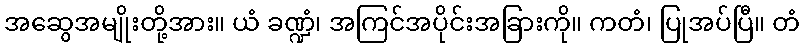
အဆွေအမျိုးတို့အား။ ယံ ခဏ္ဍံ၊ အကြင်အပိုင်းအခြားကို။ ကတံ၊ ပြုအပ်ပြီ။ တံ